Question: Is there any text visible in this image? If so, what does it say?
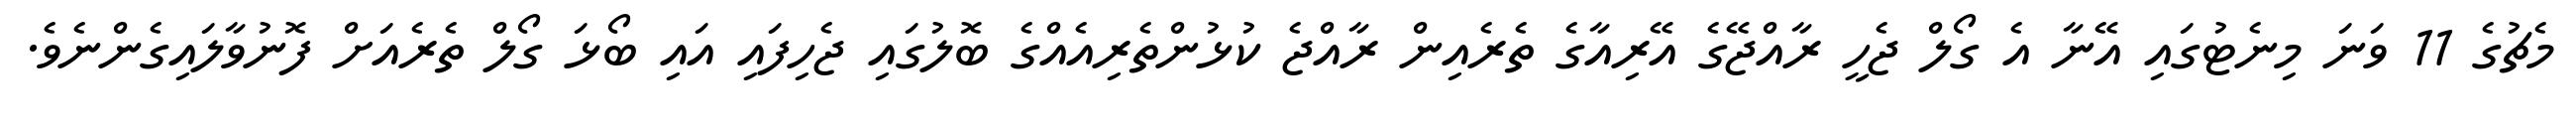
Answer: މެޗުގެ 11 ވަނަ މިނެޓުގައި އޭނާ އެ ގޯލް ޖެހީ ރާއްޖޭގެ އޭރިއާގެ ތެރެއިން ރާއްޖެ ކުޅުންތެރިއެއްގެ ބޮލުގައި ޖެހިފައި އައި ބޯޅަ ގޯލް ތެރެއަށް ފޮނުވާލައިގެންނެވެ.